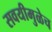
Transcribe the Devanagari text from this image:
सवयीमुळेच